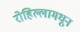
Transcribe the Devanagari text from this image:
रोहिल्लामधून